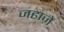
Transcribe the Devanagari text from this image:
जहाज़ें